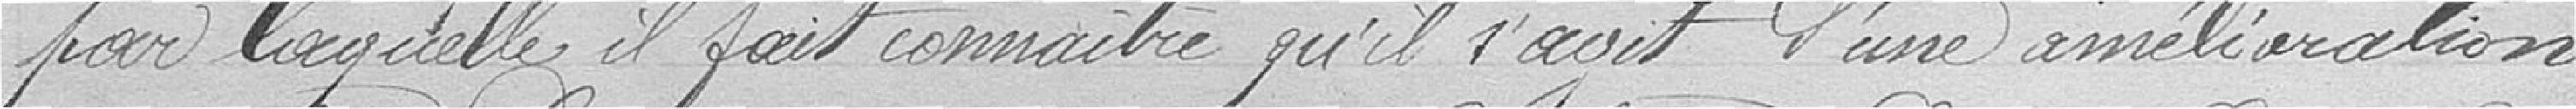
par laquelle il fait connaitre qu'il s'agit d'une amélioration